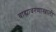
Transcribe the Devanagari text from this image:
बाह्यावरणाखाली